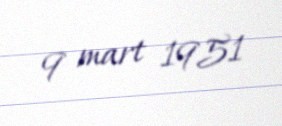
9 mart 1951